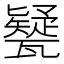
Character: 㽈